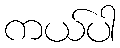
ကယ်ပါ